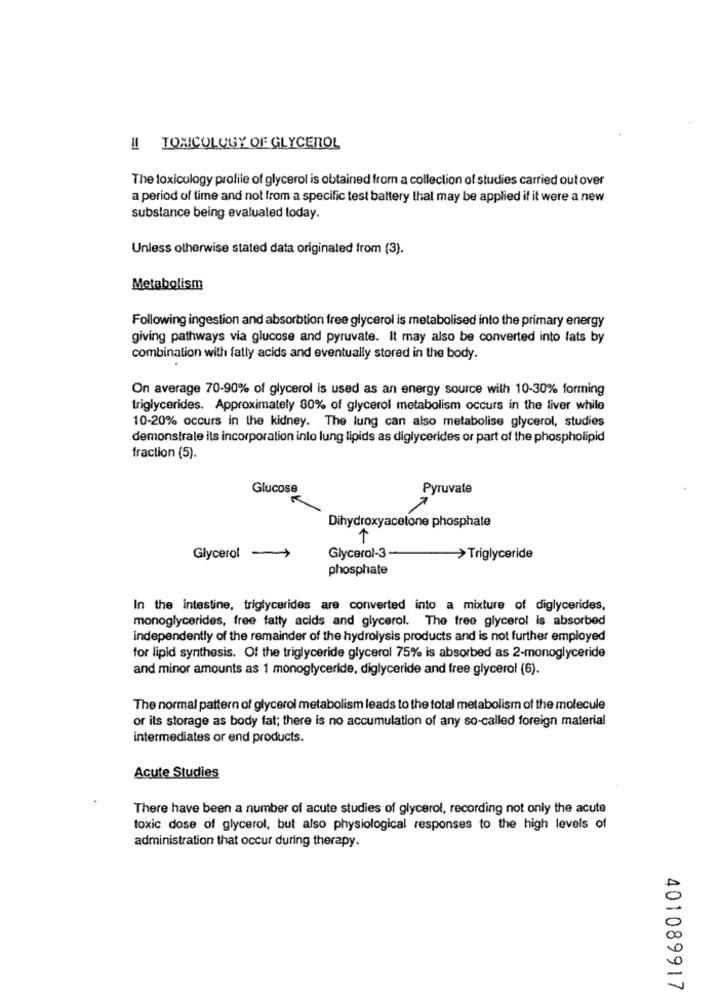
!! TOXICOLOGY OF GLYCEROL
The toxicology profile of glycerol is obtained from a collection of studies carried out over
a period of time and not from a specific test battery that may be applied if it were a new
substance being evaluated today.
Unless otherwise stated data originated from (3).
Metabolism
Following ingestion and absorbtion free glycerol is metabolised into the primary energy
giving pathways via glucose and pyruvate. It may also be converted into fats by
combination with fatty acids and eventually stored in the body.
On average 70-90% of glycerol is used as an energy source with 10-30% forming
triglycerides. Approximately 80% of glycerol metabolism occurs in the liver while
10-20% occurs in the kidney. The lung can also metabolise glycerol, studies
demonstrale its incorporation into lung lipids as diglycerides or part of the phospholipid
fraction (5).
Glucose
Pyruvate
Dihydroxyacetone phosphate
1
Glycerol >>
Glycerol-3
> Triglyceride
phosphate
In the intestine, triglycerides are converted into a mixture of diglycerides,
monoglycerides, free fatty acids and glycerol. The free glycerol is absorbed
independently of the remainder of the hydrolysis products and is not further employed
for lipid synthesis. Of the triglyceride glycerol 75% is absorbed as 2-monoglyceride
and minor amounts as 1 monoglyceride, diglyceride and free glycerol (6).
The normal pattern of glycerol metabolism leads to the total metabolism of the molecule
or its storage as body fat; there is no accumulation of any so-called foreign material
intermediates or end products.
Acute Studies
There have been a number of acute studies of glycerol, recording not only the acute
toxic dose of glycerol, but also physiological responses to the high levels of
administration that occur during therapy.
401089917